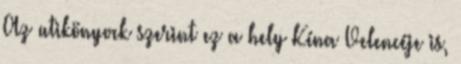
Az utikönyvek szerint ez a hely Kína Velencéje is,